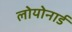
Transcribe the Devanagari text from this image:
लोयोनार्ड